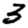
Digit: 3